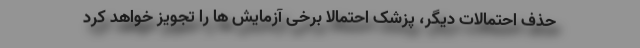
حذف احتمالات دیگر، پزشک احتمالا برخی آزمایش ها را تجویز خواهد کرد